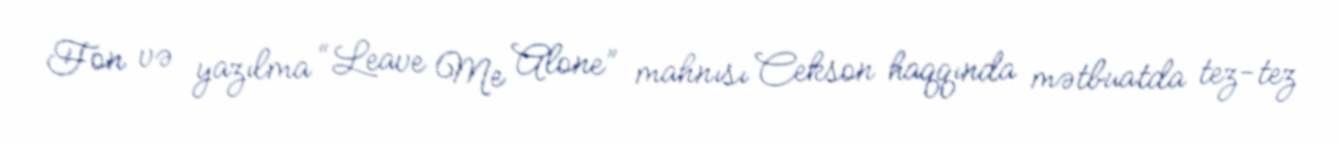
Fon və yazılma “Leave Me Alone” mahnısı Cekson haqqında mətbuatda tez-tez